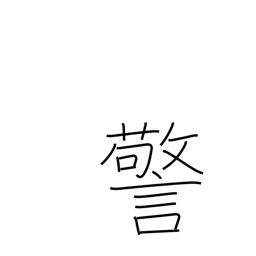
Meaning: commandment